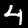
Label: 4